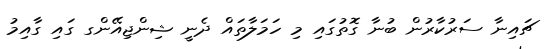
ޗައިނާ ސަރުކާރުން ބުނާ ގޮތުގައި މި ހަމަލާތައް ދެނީ ޝިންޖިއޭންގ ގައި ގާއިމު